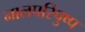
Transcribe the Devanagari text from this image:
नालपरिपुष्प